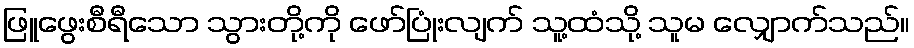
ဖြူဖွေးစီရီသော သွားတို့ကို ဖော်ပြုံးလျက် သူ့ထံသို့ သူမ လျှောက်သည်။